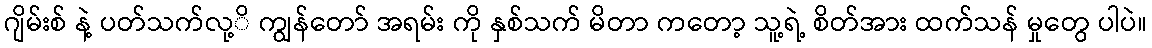
ဂျိမ်းစ် နဲ့ ပတ်သက်လု့ိ ကျွန်တော် အရမ်း ကို နှစ်သက် မိတာ ကတော့ သူ့ရဲ့ စိတ်အား ထက်သန် မှုတွေ ပါပဲ။